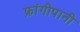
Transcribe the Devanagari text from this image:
फ्रांगीपानी